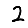
Digit: 2